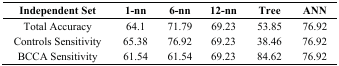
| Independent Set | 1-nn | 6-nn | 12-nn | Tree | ANN |
 | --- | --- | --- | --- | --- | --- |
 | Total Accuracy | 64.1 | 71.79 | 69.23 | 53.85 | 76.92 |
 | Controls Sensitivity | 65.38 | 76.92 | 69.23 | 38.46 | 76.92 |
 | BCCA Sensitivity | 61.54 | 61.54 | 69.23 | 84.62 | 76.92 |